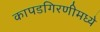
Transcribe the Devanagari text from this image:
कापडगिरणीमध्ये